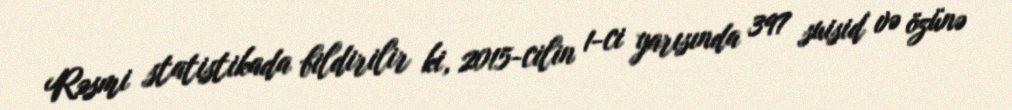
Rəsmi statistikada bildirilir ki, 2015-cilin 1-ci yarısında 397 suisid və özünə